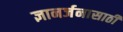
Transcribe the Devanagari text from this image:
ज्ञानर्जनासाठी